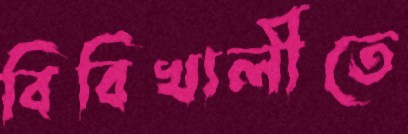
বিবিখালীতে